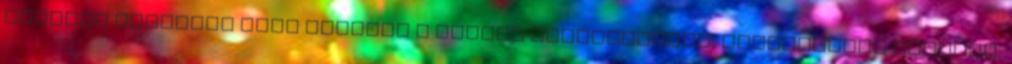
örökség eltörpül azok mellett a modern fejlesztések, beruházások mellett,